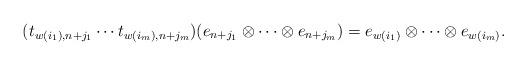
LaTeX: \begin{align*}(t_{w(i_1),n+j_1} \cdots t_{w(i_m), n + j_m})(e_{n+j_1} \otimes \dots \otimes e_{n+j_m}) = e_{w(i_1)} \otimes \dots \otimes e_{w(i_m)}.\end{align*}